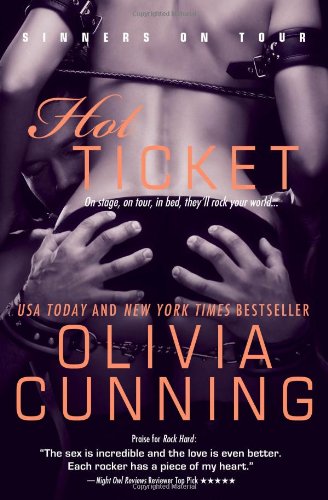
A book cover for Hot Ticket (The Sinners on Tour); Olivia Cunning; Romance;